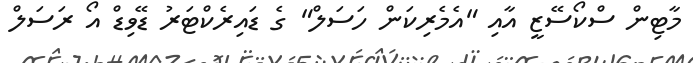
މާޓިން ސްކޯސޭޒީ އާއި "އެމެރިކަން ހަސަލް" ގެ ޑައިރެކްޓަރު ޑޭވިޑް އޯ ރަސަލް